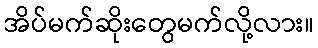
အိပ်မက်ဆိုးတွေမက်လို့လား။